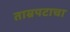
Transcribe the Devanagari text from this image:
ताम्रपटाचा